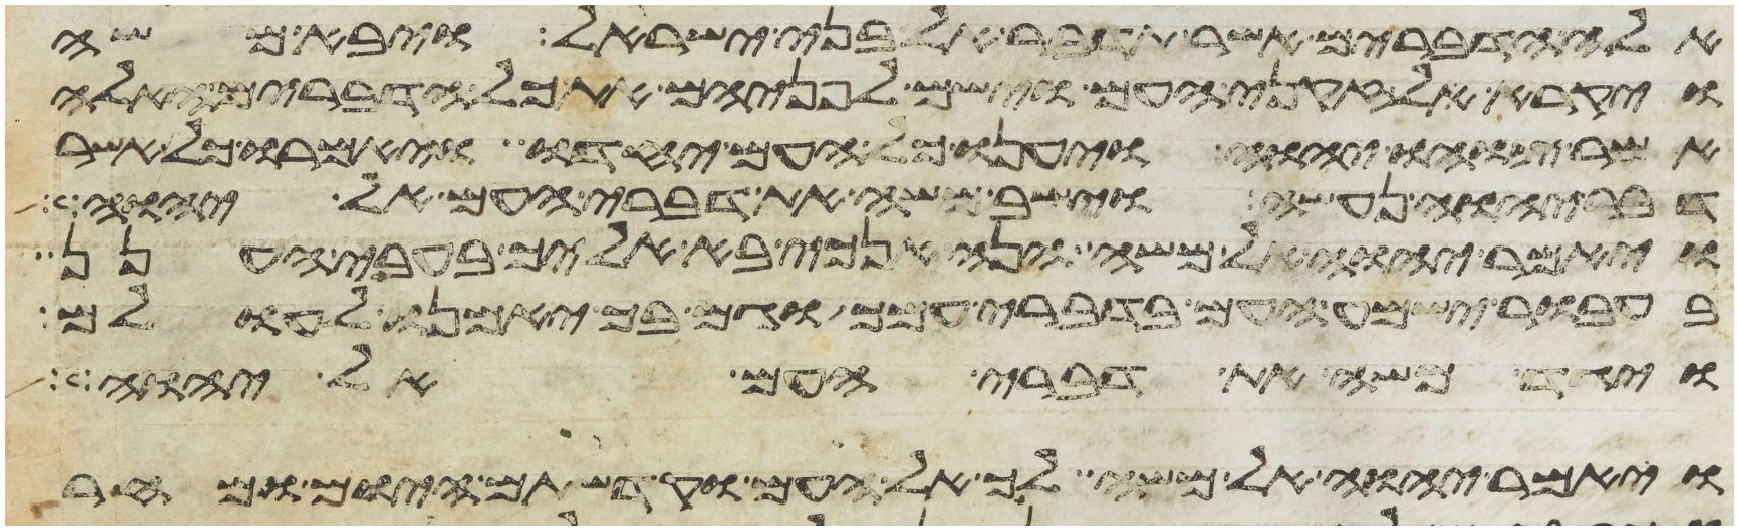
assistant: אלה הדברים אשר תדבר אל בני ישראל ויבא משה
ויקרא לזקני העם וישם לפניהם את כל הדברים האלה
אשר צוהו יהוה ויענו כל העם יחדו ויאמרו כל אשר
דבר יהוה נעשה וישב משה את דברי העם אל יהוה
ויאמר יהוה אל משה הנה אנכי בא אליך בעבי הענן
בעבור ישמע העם בדברי עמך וגם בך יאמנו לעולם
ויגד משה את דברי העם אל יהוה
ויאמר יהוה אל משה לך אל העם וקדשתם היום ומחר